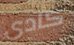
كادي